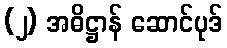
(၂) အဓိဋ္ဌာန် ဆောင်ပုဒ်